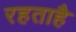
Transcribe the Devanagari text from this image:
रहताहै